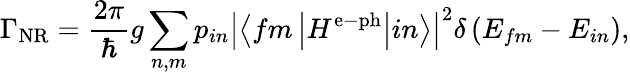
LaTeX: \Gamma_{\mathrm{NR}}=\frac{2\pi}{\hbar}g\sum_{n,m}p_{in}\left|\left\langle fm\left|H^{\mathrm{e}-\mathrm{ph}}\right|in\right\rangle\right|^{2}\delta\left(E_{fm}-E_{in}\right),